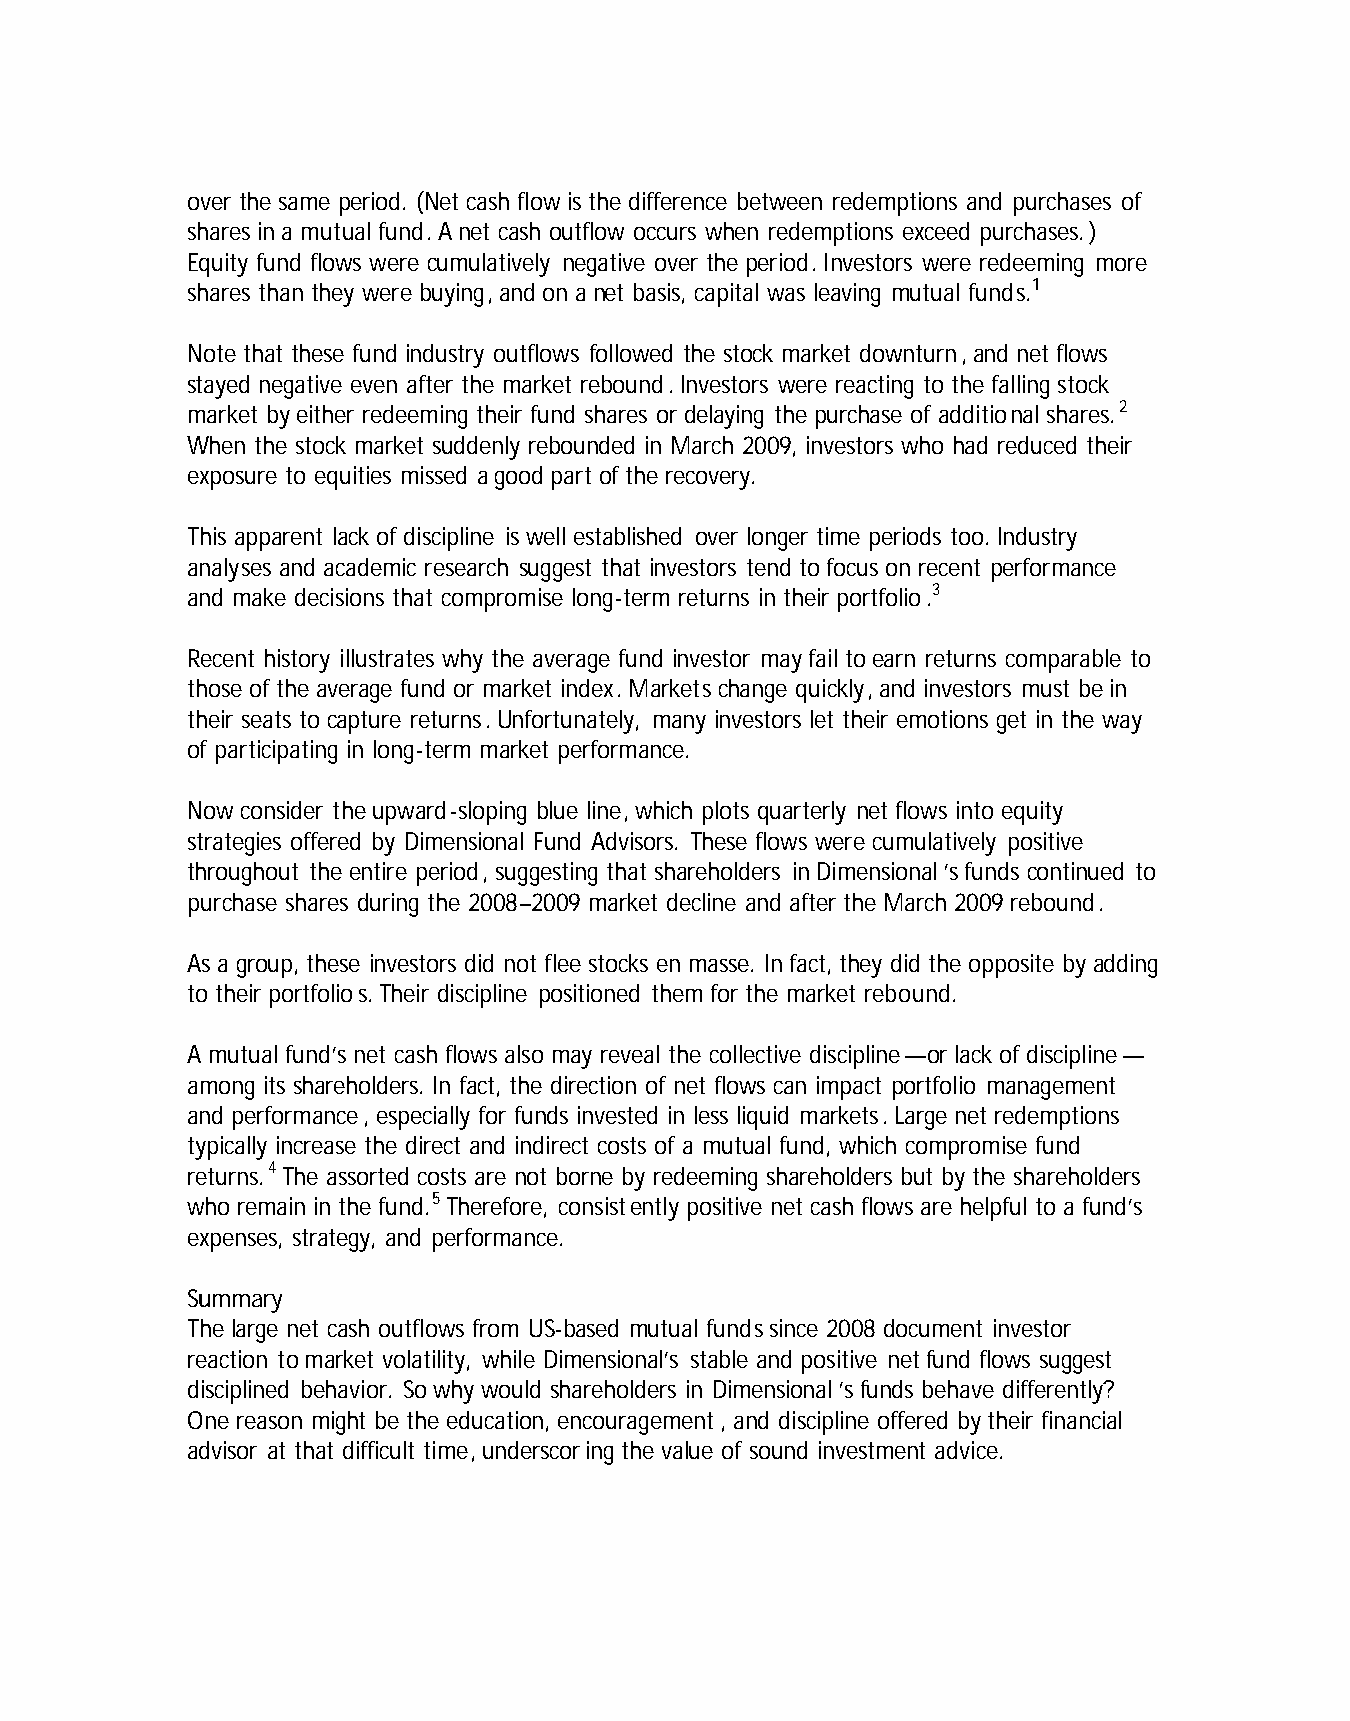
over the same period. (Net cash flow is the difference between redemptions and purchases of
 shares in a mutual fund. A net cash outflow occurs when redemptions exceed purchases.)
 Equity fund flows were cumulatively negative over the period. Investors were redeeming more
 shares than they were buying, and on a net basis, capital was leaving mutual funds.1
 Note that these fund industry outflows followed the stock market downturn, and net flows
 stayed negative even after the market rebound. Investors were reacting to the falling stock
 market by either redeeming their fund shares or delaying the purchase of additional shares.2
 When the stock market suddenly rebounded in March 2009, investors who had reduced their
 exposure to equities missed a good part of the recovery.
 This apparent lack of discipline is well established over longer time periods too. Industry
 analyses and academic research suggest that investors tend to focus on recent performance
 and make decisions that compromise long-term returns in their portfolio.3
 Recent history illustrates why the average fund investor may fail to earn returns comparable to
 those of the average fund or market index. Markets change quickly, and investors must be in
 their seats to capture returns. Unfortunately, many investors let their emotions get in the way
 of participating in long-term market performance.
 Now consider the upward-sloping blue line, which plots quarterly net flows into equity
 strategies offered by Dimensional Fund Advisors. These flows were cumulatively positive
 throughout the entire period, suggesting that shareholders in Dimensional’s funds continued to
 purchase shares during the 2008–2009 market decline and after the March 2009 rebound.
 As a group, these investors did not flee stocks en masse. In fact, they did the opposite by adding
 to their portfolios. Their discipline positioned them for the market rebound.
 A mutual fund’s net cash flows also may reveal the collective discipline—or lack of discipline—
 among its shareholders. In fact, the direction of net flows can impact portfolio management
 and performance, especially for funds invested in less liquid markets. Large net redemptions
 typically increase the direct and indirect costs of a mutual fund, which compromise fund
 returns.4 The assorted costs are not borne by redeeming shareholders but by the shareholders
 who remain in the fund.5 Therefore, consistently positive net cash flows are helpful to a fund’s
 expenses, strategy, and performance.
 Summary
 The large net cash outflows from US-based mutual funds since 2008 document investor
 reaction to market volatility, while Dimensional’s stable and positive net fund flows suggest
 disciplined behavior. So why would shareholders in Dimensional’s funds behave differently?
 One reason might be the education, encouragement, and discipline offered by their financial
 advisor at that difficult time, underscoring the value of sound investment advice.